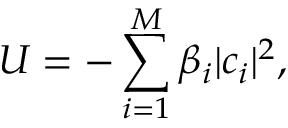
U = - \sum _ { i = 1 } ^ { M } \beta _ { i } | c _ { i } | ^ { 2 } ,